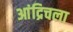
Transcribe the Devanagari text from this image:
आंद्रिचला